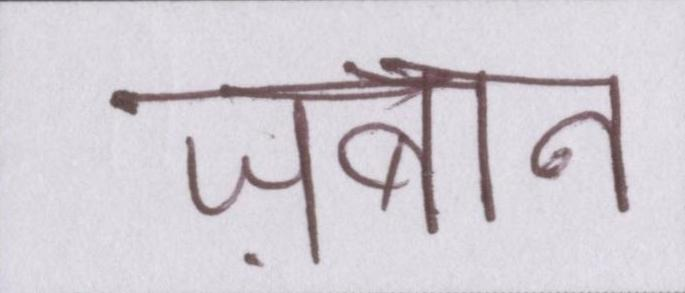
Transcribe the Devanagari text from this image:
ज़बान